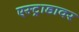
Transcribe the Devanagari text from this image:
एस्ट्राडावर